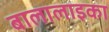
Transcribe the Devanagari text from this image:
बालालाइका